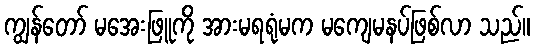
ကျွန်တော် မအေးဖြူကို အားမရရုံမက မကျေမနပ်ဖြစ်လာ သည်။